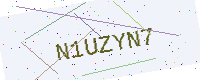
Text: N1UZYN7